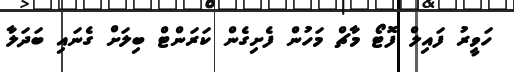
ހަވީރު ފައިލް ފޮޓޯ މާޗް މަހުން ފެށިގެން ކަރަންޓް ބިލަށް ގެނައި ބަދަލާ